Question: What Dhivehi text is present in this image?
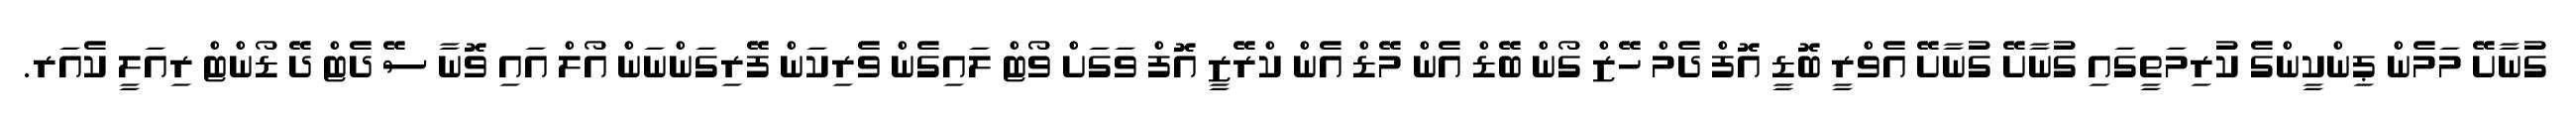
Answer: ގުނާށޭ މަމެން ޕިންކީންގެ ކުރިމަތީގައި ގުނާށޭ ގުނާށޭ އެވްރީ ބޮޑީ އޮފް ދެމް ހޭޒް ގޯން ބޭޑް އެން މޭޑް އެން ކްރޭޒީ އޮފް ވަގަށް ވޯޓް ލައިގެން ވެރިކަން ފޭރިގަންނަން އޯލް އައި ވޮނާ ސޭ ދެޓް ދޭ ޑޯންޓް ރިއަލީ ކެއަރ.